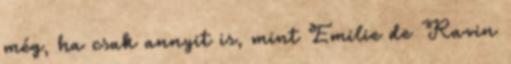
még, ha csak annyit is, mint Emilie de Ravin